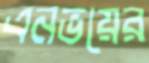
এনভয়ের